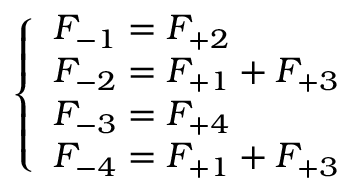
\left\{ \begin{array} { l l } { F _ { - 1 } = F _ { + 2 } } \\ { F _ { - 2 } = F _ { + 1 } + F _ { + 3 } } \\ { F _ { - 3 } = F _ { + 4 } } \\ { F _ { - 4 } = F _ { + 1 } + F _ { + 3 } } \end{array} \right.